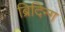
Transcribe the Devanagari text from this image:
ब्रिदिन्ग